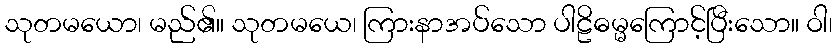
သုတမယော၊ မည်၏။ သုတမယေ၊ ကြားနာအပ်သော ပါဠိဓမ္မကြောင့်ပြီးသော။ ဝါ၊